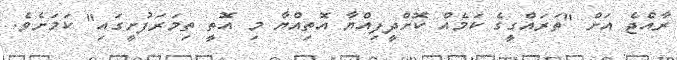
ރާއްޖެ އަށް "ތަރައްގީގެ ކަމެއް ކޮށްދީފިއްޔާ އޮތިއްޔާ މި އޮތީ ތިމަރަފުށީގައި" ކަމަށެވެ.